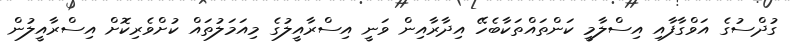
ގުދްސުގެ އަވްގާފާއި އިސްލާމީ ކަންތައްތަކާބެހޭ އިދާރާއިން ވަނީ އިސްރާއީލުގެ މިއަމަލުތައް ކުށްވެރިކޮށް އިސްރާއީލުން